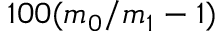
1 0 0 ( m _ { 0 } / m _ { 1 } - 1 )